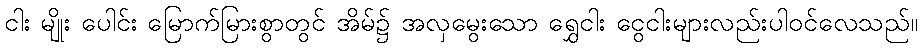
ငါး မျိုး ပေါင်း မြောက်မြားစွာတွင် အိမ်၌ အလှမွေးသော ရွှေငါး ငွေငါးများလည်းပါဝင်လေသည်။